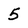
Character: 5